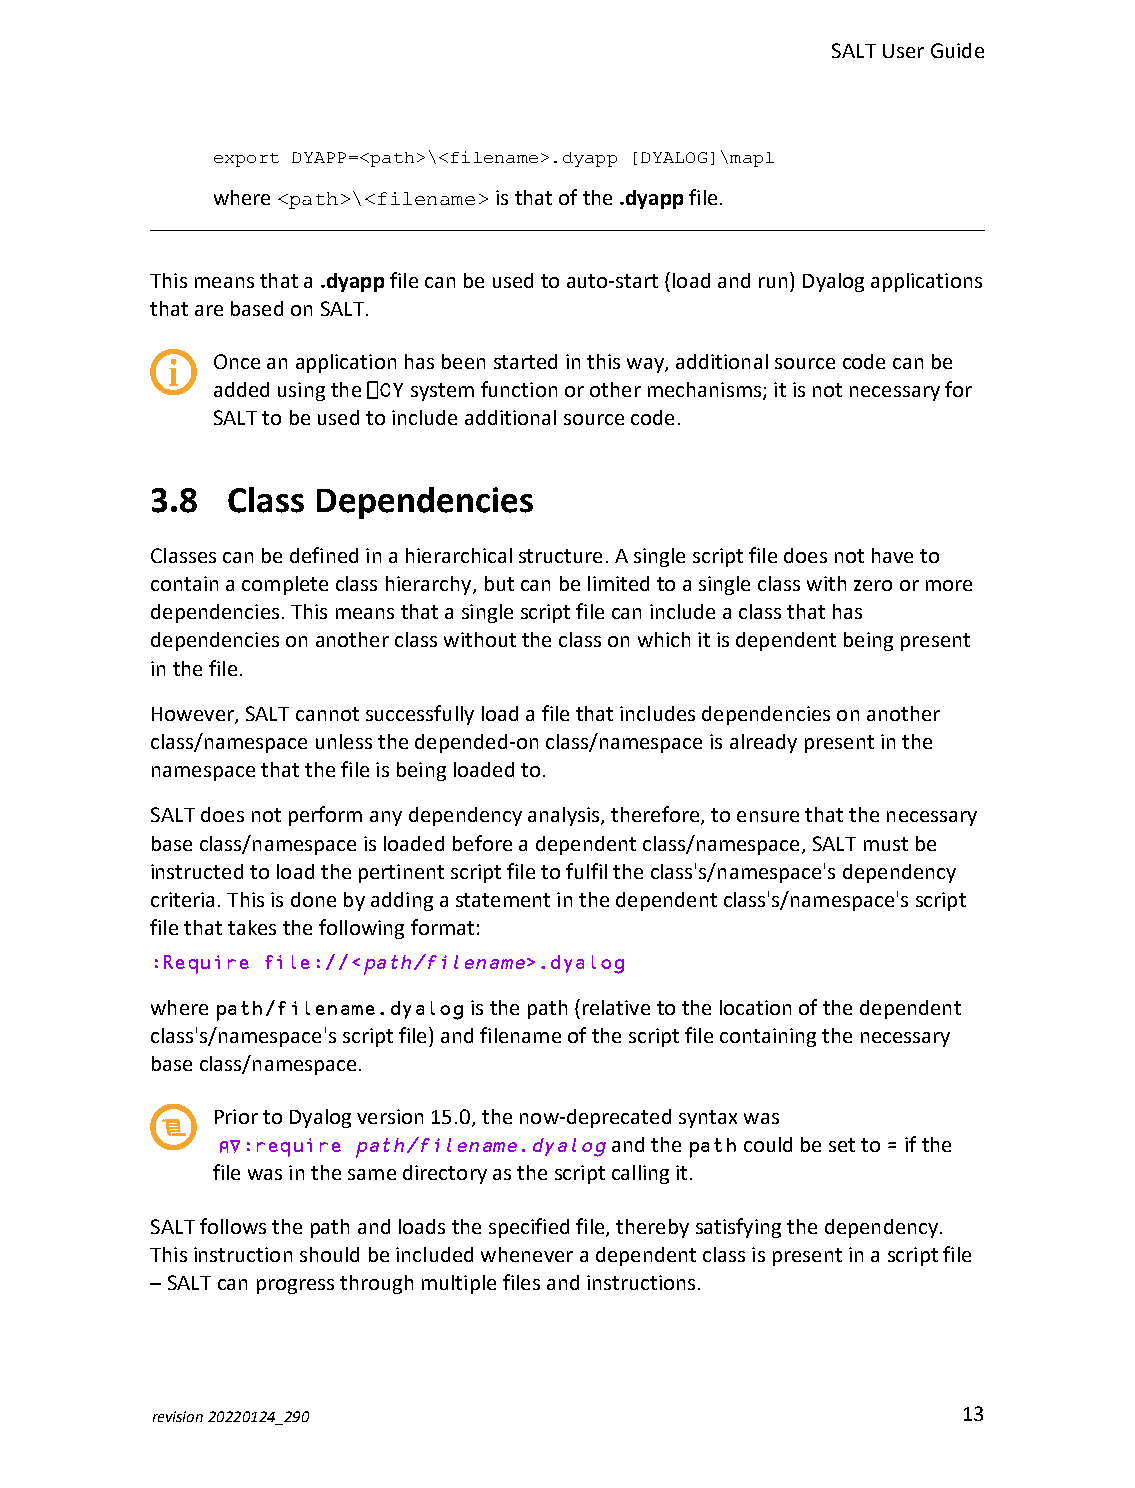
SALTUserGuide
 export DYAPP=<path>\<filename>.dyapp [DYALOG]\mapl
 where<path>\<filename>isthatofthe.dyappfile.
 Thismeansthata.dyappfilecanbeusedtoauto-start(loadandrun)Dyalogapplications
 thatarebasedonSALT.
 Onceanapplicationhasbeenstartedinthisway,additionalsourcecodecanbe
 addedusingthe⎕CYsystemfunctionorothermechanisms;itisnotnecessaryfor
 SALTtobeusedtoincludeadditionalsourcecode.
 3.8  Class Dependencies
 Classescanbedefinedinahierarchicalstructure.Asinglescriptfiledoesnothaveto
 containacompleteclasshierarchy,butcanbelimitedtoasingleclasswithzeroormore
 dependencies.Thismeansthatasinglescriptfilecanincludeaclassthathas
 dependenciesonanotherclasswithouttheclassonwhichitisdependentbeingpresent
 inthefile.
 However,SALTcannotsuccessfullyloadafilethatincludesdependenciesonanother
 class/namespaceunlessthedepended-onclass/namespaceisalreadypresentinthe
 namespacethatthefileisbeingloadedto.
 SALTdoesnotperformanydependencyanalysis,therefore,toensurethatthenecessary
 baseclass/namespaceisloadedbeforeadependentclass/namespace,SALTmustbe
 instructedtoloadthepertinentscriptfiletofulfiltheclass's/namespace'sdependency
 criteria.Thisisdonebyaddingastatementinthedependentclass's/namespace'sscript
 filethattakesthefollowingformat:
 :Require file://<path/filename>.dyalog
 wherepath/filename.dyalogisthepath(relativetothelocationofthedependent
 class's/namespace'sscriptfile)andfilenameofthescriptfilecontainingthenecessary
 baseclass/namespace.
 PriortoDyalogversion15.0,thenow-deprecatedsyntaxwas
 ⍝∇:require path/filename.dyalogandthepathcouldbesetto=ifthe
 filewasinthesamedirectoryasthescriptcallingit.
 SALTfollowsthepathandloadsthespecifiedfile,therebysatisfyingthedependency.
 Thisinstructionshouldbeincludedwheneveradependentclassispresentinascriptfile
 –SALTcanprogressthroughmultiplefilesandinstructions.
 revision20220124_290                                  13